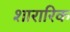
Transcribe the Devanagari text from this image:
शारारिक